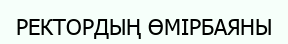
РЕКТОРДЫҢ ӨМІРБАЯНЫ